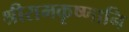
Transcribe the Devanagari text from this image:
श्रीरामकृष्णानि